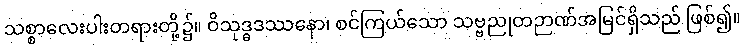
သစ္စာလေးပါးတရားတို့၌။ ဝိသုဒ္ဓဒဿနော၊ စင်ကြယ်သော သဗ္ဗညုတဉာဏ်အမြင်ရှိသည် ဖြစ်၍။